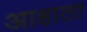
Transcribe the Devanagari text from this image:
आहाता